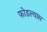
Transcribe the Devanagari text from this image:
फोडल्यास